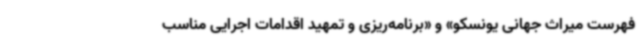
فهرست میراث جهانی یونسکو» و «برنامه‌ریزی و تمهید اقدامات اجرایی مناسب